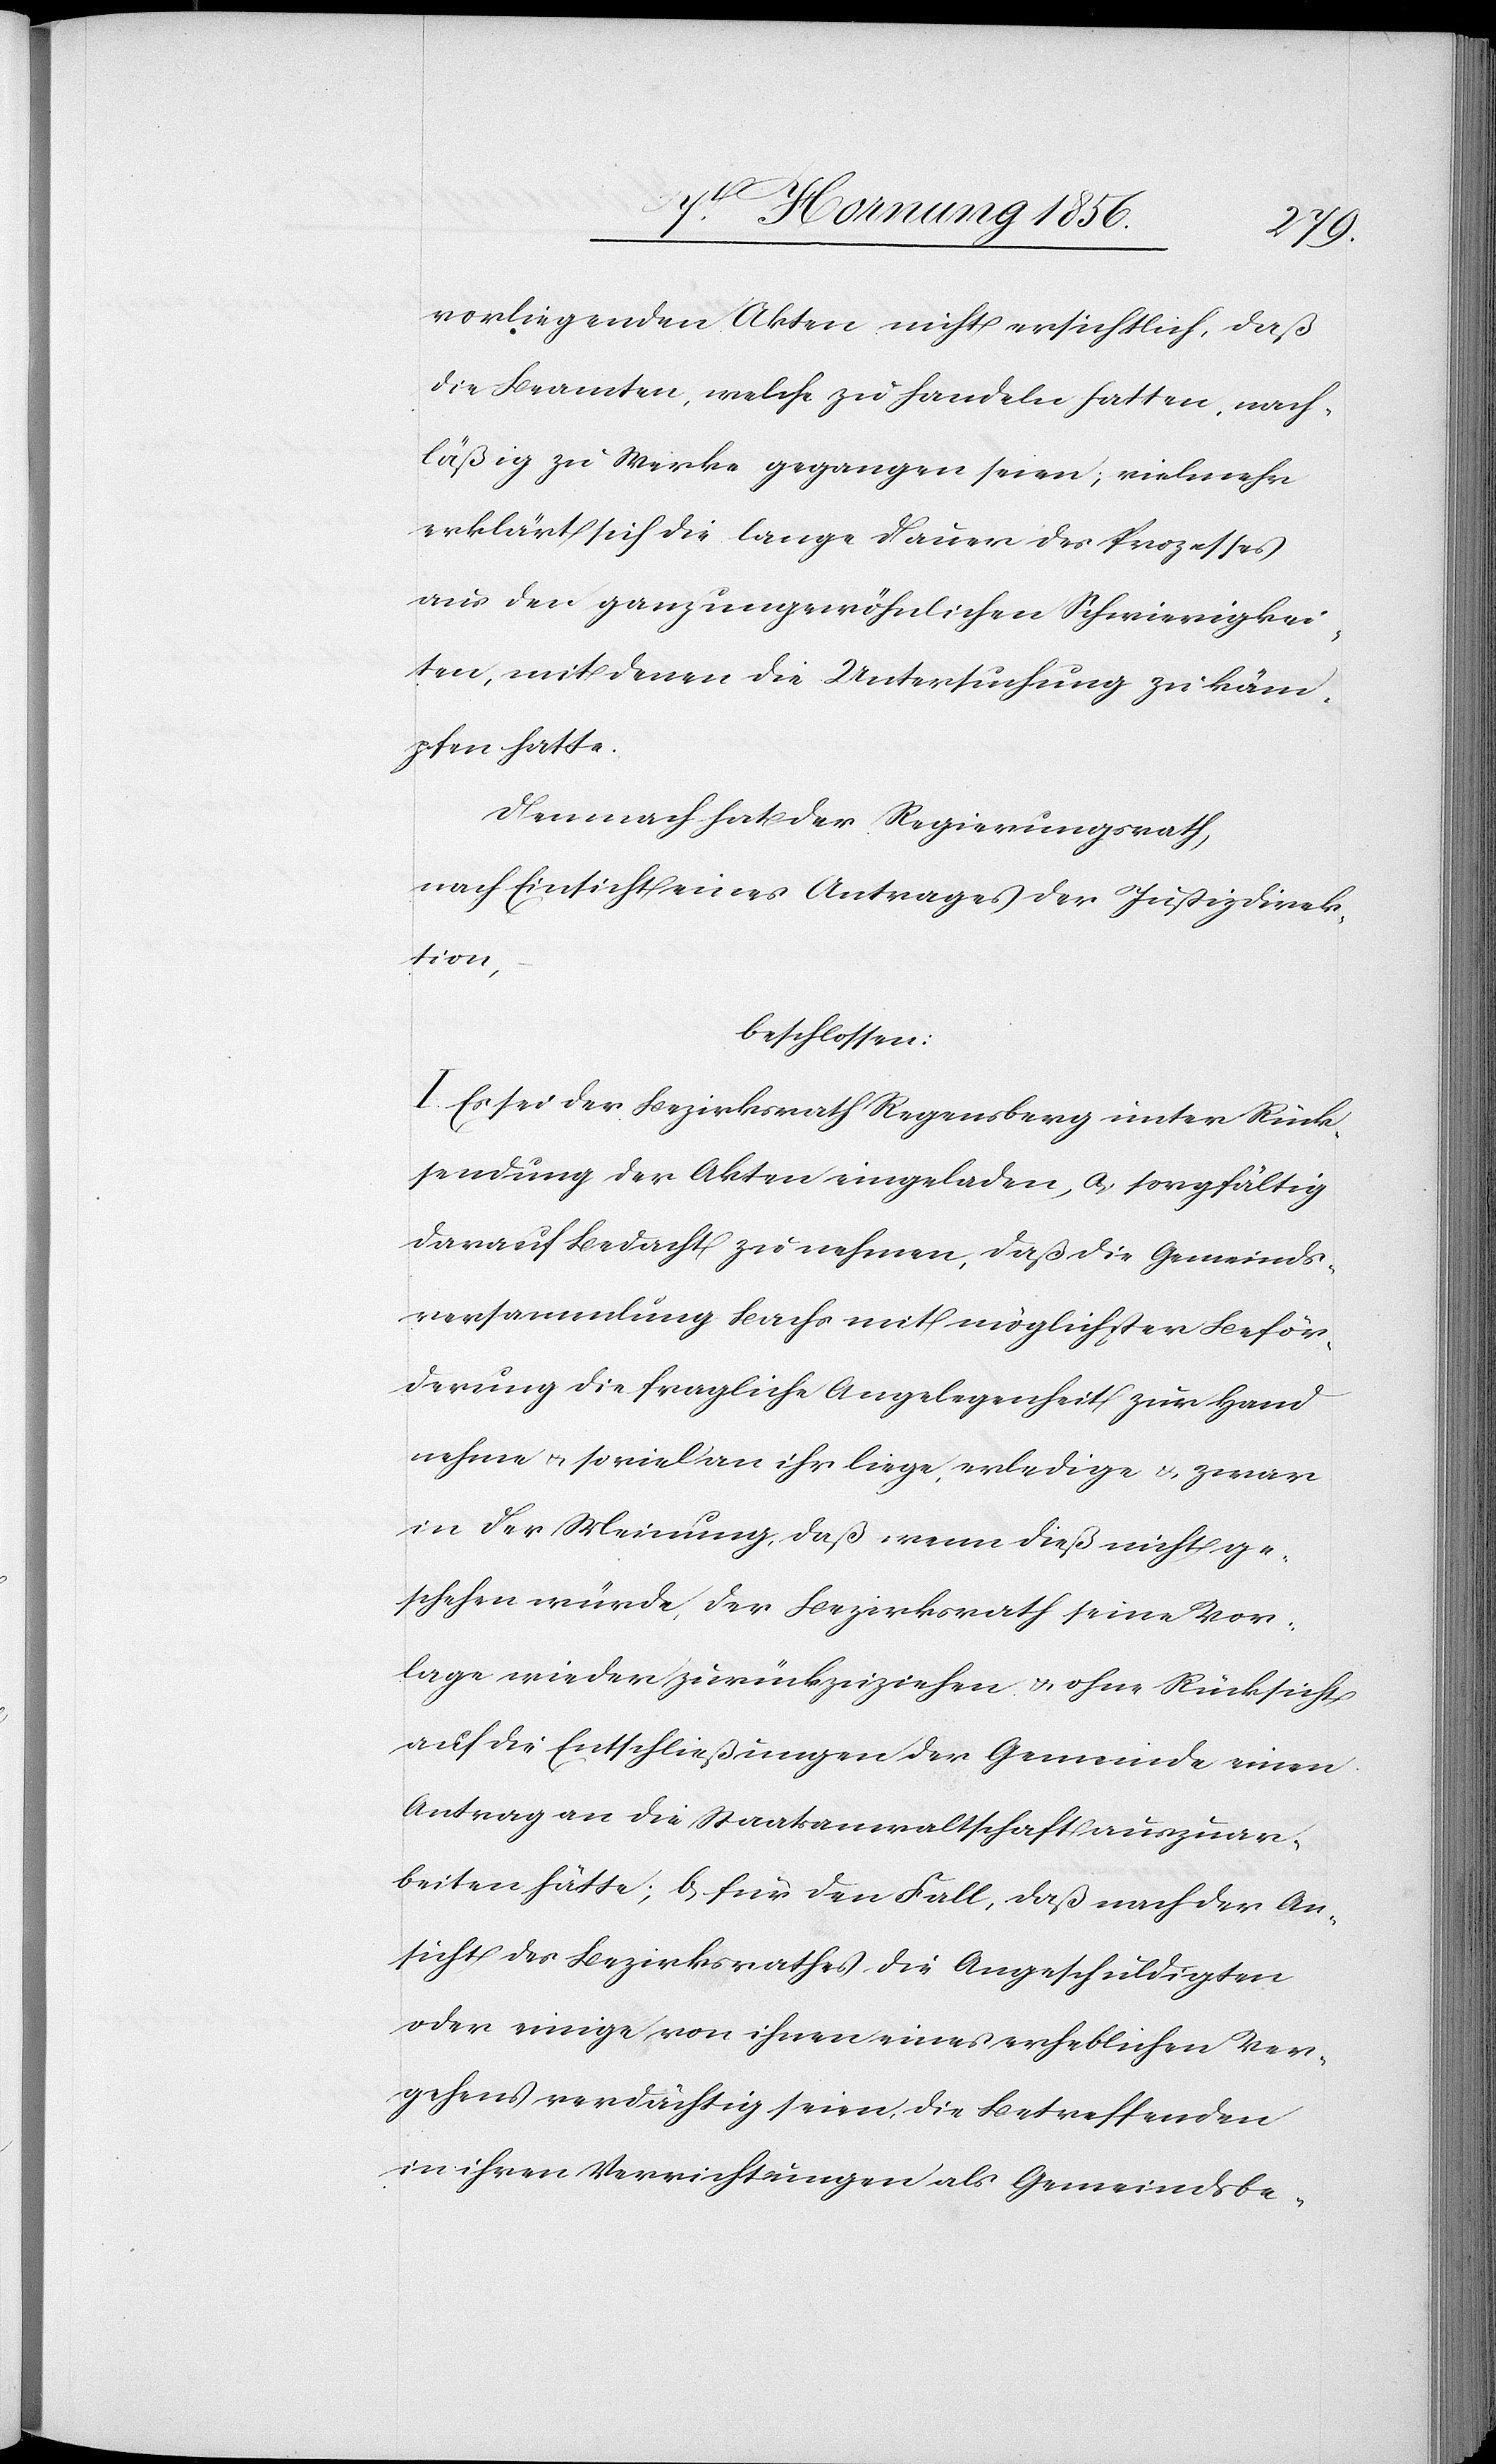
vorliegenden Akten nicht ersichtlich, daß
die Beamten, welche zu handeln hatten, nach¬
läßig zu Werke gegangen seien; vielmehr
erklärt sich die lange Dauer des Prozesses
aus den ganz ungewöhnlichen Schwierigkei¬
ten, mit denen die Untersuchung zu käm¬
pfen hatte.
Demnach hat der Regierungsrath,
nach Einsicht eines Antrages der Justizdirek¬
tion,
beschlossen:
I. Es sei der Bezirksrath Regensberg unter Rück¬
sendung der Akten eingeladen, a,. sorgfältig
darauf Bedacht zu nehmen, daß die Gemeinds¬
versammlung Bachs mit möglichster Beför¬
derung die fragliche Angelegenheit zur Hand
nehme u. soviel an ihr liege, erledige u. zwar
in der Meinung, daß wenn dieß nicht ge¬
schehen würde, der Bezirksrath seine Vor¬
lage wieder zurückzuziehen u. ohne Rücksicht
auf die Entschließungen der Gemeinde einen
Antrag an die Staatsanwaltschaft auszuar¬
beiten hätte; b, für den Fall, daß nach der An¬
sicht des Bezirksrathes die Angeschuldigten
oder einige von ihnen eines erheblichen Ver¬
gehens verdächtig seien, die Betreffenden
in ihren Verrichtungen als Gemeindsbe-